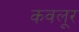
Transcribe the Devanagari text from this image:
कवलूर